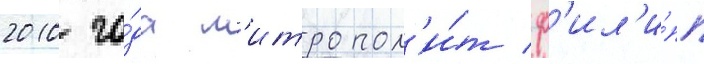
2010 го́да м'итропол'и́т ф'ил'и́пп